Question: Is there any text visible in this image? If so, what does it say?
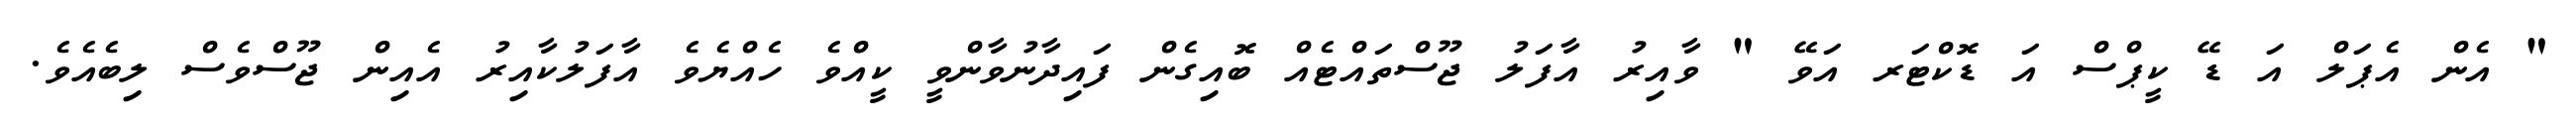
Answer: " އެން އެޕަލް އަ ޑޭ ކީޕްސް އަ ޑޮކްޓަރ އަވޭ " ވާއިރު އާފަލު ޖޫސްތައްޓެއް ބޮއިގެން ފައިދާނުވާންވީ ކީއްވެ ހެއްޔެވެ އާފަލުކާއިރު އެއިން ޖޫސްވެސް ލިބެއެވެ.